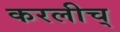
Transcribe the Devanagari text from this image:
करलीच्